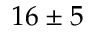
1 6 \pm 5